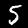
Digit: 5